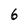
Character: 6